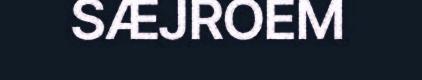
SÆJROEM